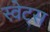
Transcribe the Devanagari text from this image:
स्वेट्स